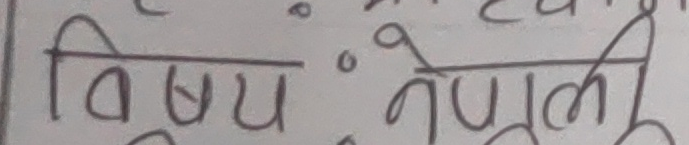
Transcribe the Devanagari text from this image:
विषय : नेपाली